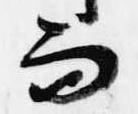
而